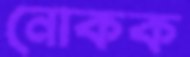
নোকক